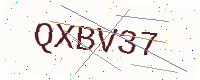
Text: QXBV37